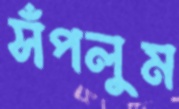
সঁপলুম